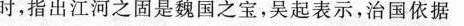
时,指出江河之固是魏国之宝，吴起表示，治国依据